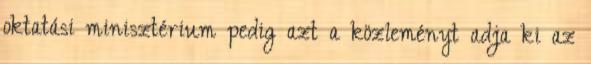
oktatási minisztérium pedig azt a közleményt adja ki az